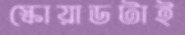
স্কোয়াডটাই